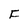
Character: F